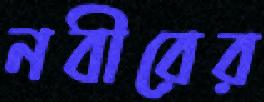
নবীরের